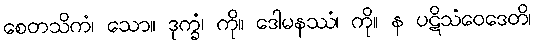
စေတသိကံ၊ သော။ ဒုက္ခံ၊ ကို။ ဒေါမနဿံ၊ ကို။ န ပဋိသံဝေဒေတိ၊